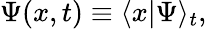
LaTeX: \Psi(x,t)\equiv\langle x|\Psi\rangle_{t},